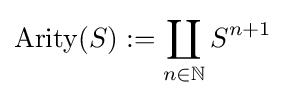
\mathrm {Arity} (S):=\coprod _{n\in \mathbb {N} }S^{n+1}